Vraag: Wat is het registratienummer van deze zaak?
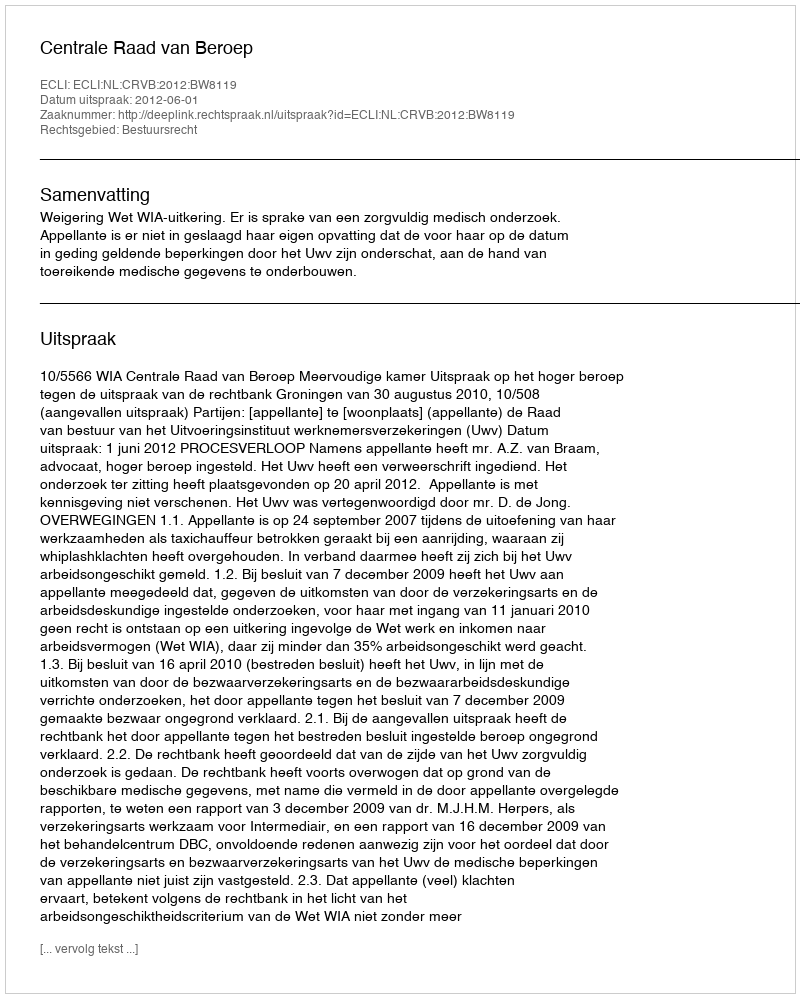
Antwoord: http://deeplink.rechtspraak.nl/uitspraak?id=ECLI:NL:CRVB:2012:BW8119